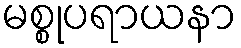
မစ္စုပရာယနာ